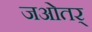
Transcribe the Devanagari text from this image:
जओतर्